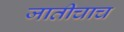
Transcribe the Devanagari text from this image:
जातीचाच